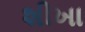
શીખા